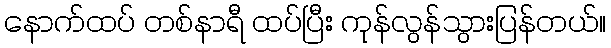
နောက်ထပ် တစ်နာရီ ထပ်ပြီး ကုန်လွန်သွားပြန်တယ်။